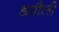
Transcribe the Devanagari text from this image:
डमाैली